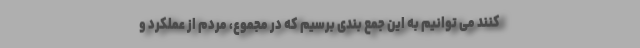
کنند می توانیم به این جمع بندی برسیم که در مجموع، مردم از عملکرد و